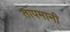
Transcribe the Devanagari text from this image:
तापमानी